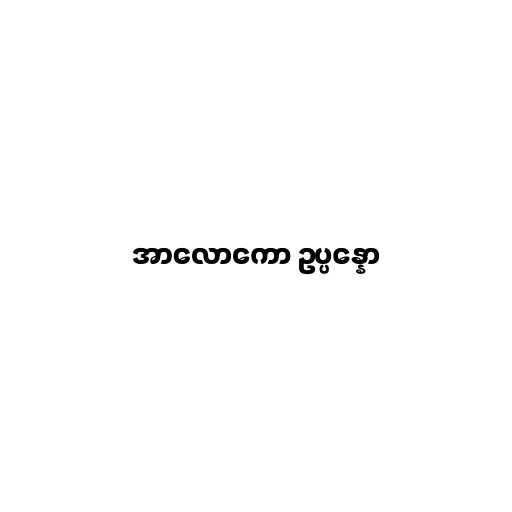
အာလောကော ဥပ္ပန္နော